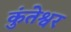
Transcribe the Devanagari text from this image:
कुंतेश्वर